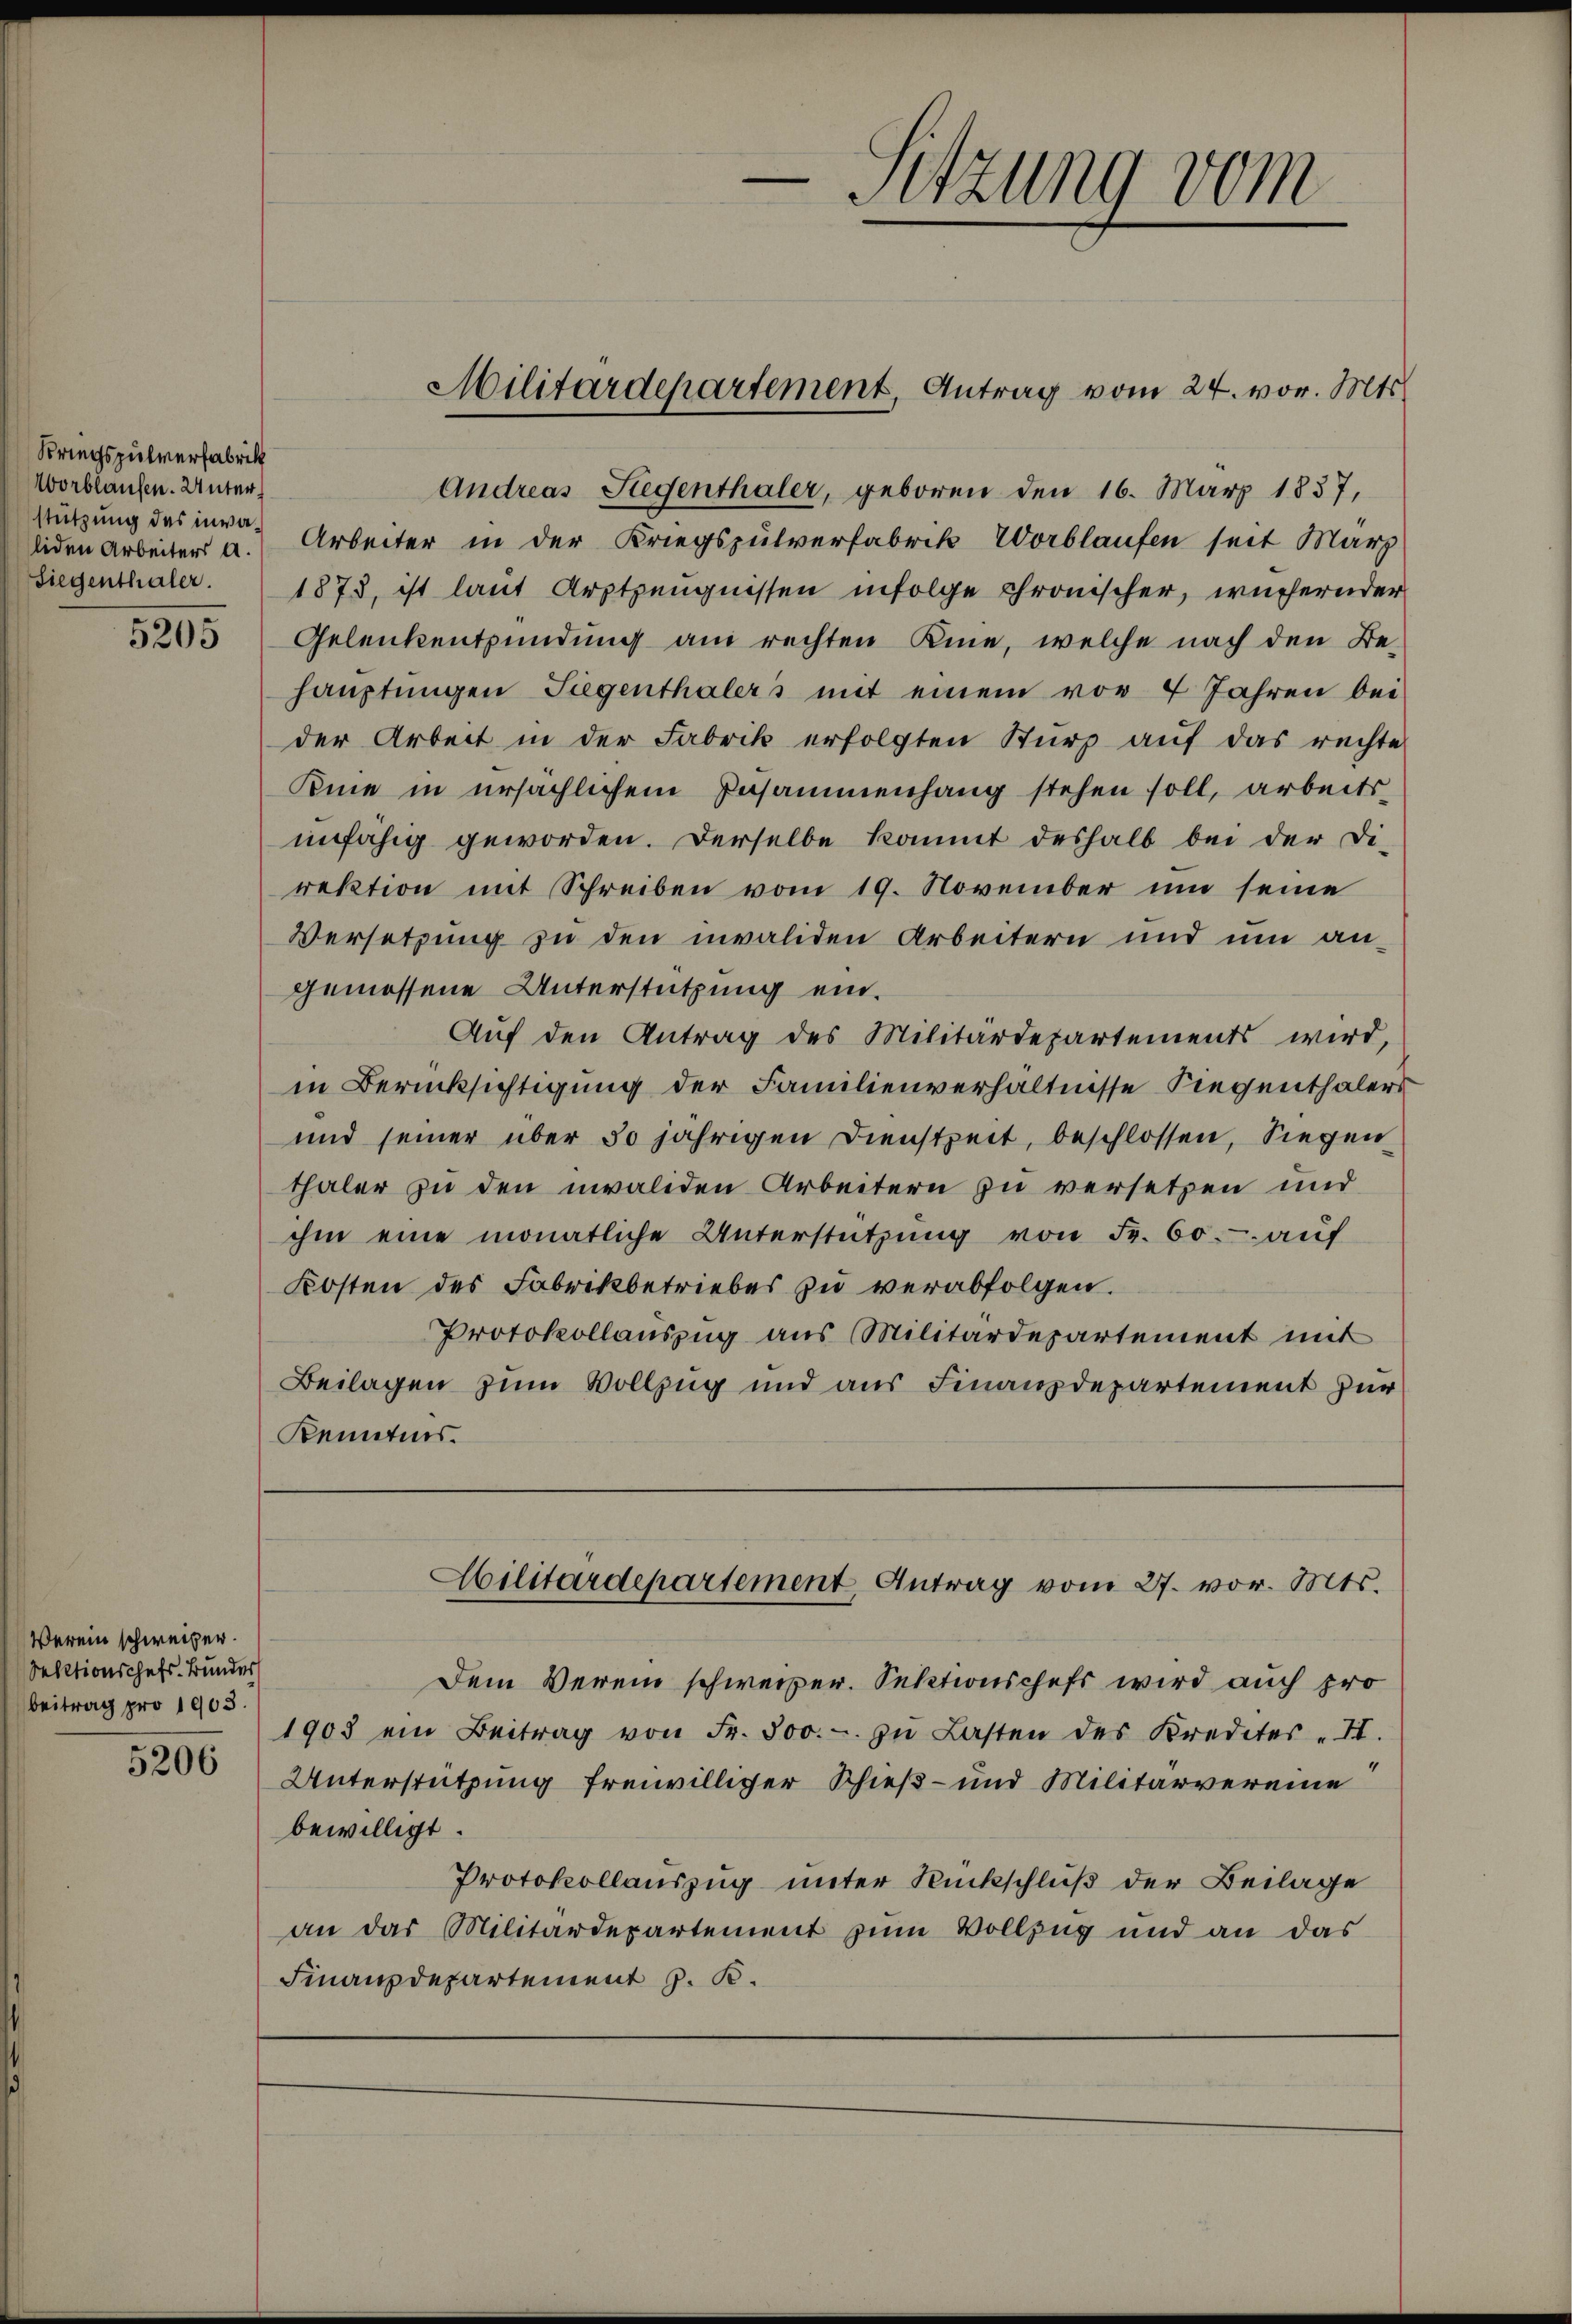
Kriegspulverfabrik
Worblaufen. Unter
stützung des invaliden Arbeiters A.

5205

Verein schweizer.
Sektionschefs Bunder
beitrag pro 1903.
5206

Arbeiter in der Kriegspulverfabrik Worblaufen seit Marz
Siegenthaler. 1873, ist laut Arztzeŭgnissen infolge chronischer, wuchernder
Gelenkentzündung am rechten Kine, welche nach den Behauptungen Siegenthalers mit einem vor 7 Jahren bei
der Arbeit in der Fabrik erfolgten Sturz aŭf das rechte
Pinie in ursächlichem Zusammenhang stehen soll, arbeits-
unfähig geworden. Derselbe kommt deshalb bei der Di-
rektion mit Schreiben vom 19. November um seine
Versetzung zu den invaliden Arbeitern und um angemessene Unterstützung ein.
Auf den Antrag des Militärdepartements wird,
in Berücksichtigung der Familienverhältnisse Siegenthalers
und seiner über 50 jährigen Dienstzeit, beschlossen, Siegen
thaler zu den invaliden Arbeitern zu versetzen und
ihm eine monatliche Unterstützung von Fr. 60. auf
Kosten des Fabrikbetriebes zu verabfolgen.
Protokollauszug aus Militärdepartement mit
Beilagen zum Vollzug und aus Finanzdepartement zur
Kenntnis.
Militärdepartement Antrag vom 27. vor. Mts.
Dem Verein schweizer. Sektionschefs wird auch pro
1903 ein Beitrag von Fr. 500.- zŭ Lasten des Kredites II.
Unterstützung freiwilliger Schieß- und Militärvereine
bewilligt.
Protokollauszug unter Rückschluß der Beilage
an das Militärdepartement zum Vollzug und an das
Finanzdepartement z. B.

Andreas Stegenthaler, geboren den 16. März 1837,

Militärdepartement, Antrag vom 24. vor. Mts.

Sitzung vom